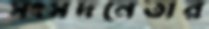
সংসদনেতার